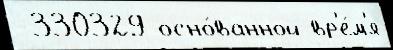
 330329 осно́ванной вр'е́м'я